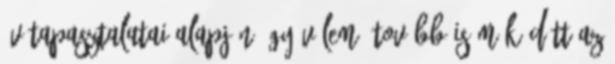
év tapasztalatai alapján úgy vélem, tovább is működött az